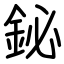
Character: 鉍